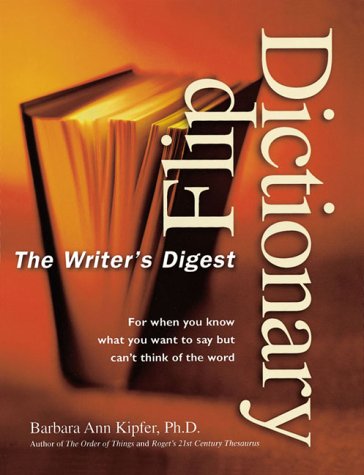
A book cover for Writer's Digest Flip Dictionary; Barbara Ann Kipfer; Reference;